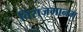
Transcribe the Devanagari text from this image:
विराजमानम